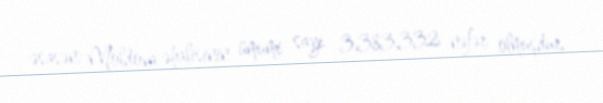
əsasən: Moldova əhalisinin ümumi sayı 3,383,332 nəfər olmuşdur.